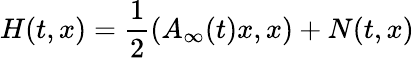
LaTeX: H(t,x)=\frac{1}{2}\left(A_{\infty}(t)x,x\right)+N(t,x)